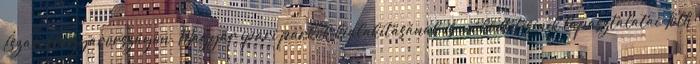
Észak-Magyarországon. Magyar ipari parkok kialakításának és működtetésének tapasztalatai Tóth